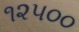
૧૨૫૦૦